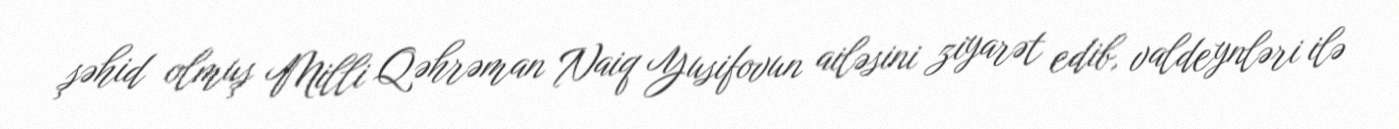
şəhid olmuş Milli Qəhrəman Naiq Yusifovun ailəsini ziyarət edib, valdeynləri ilə